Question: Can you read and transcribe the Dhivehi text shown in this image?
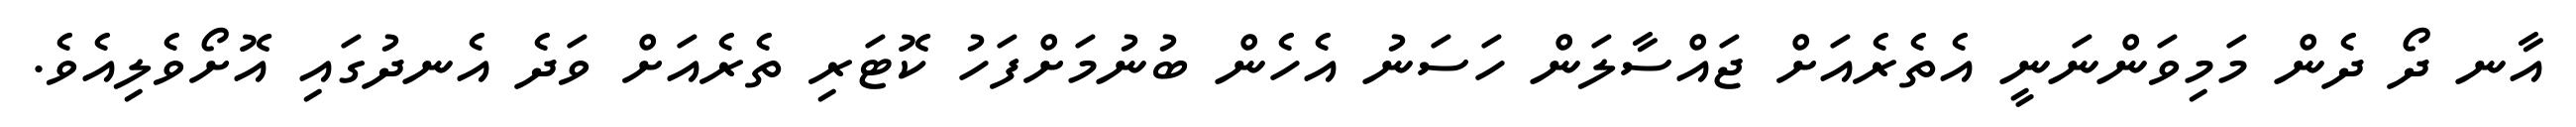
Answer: އާނ ދޯ ދެން މަމިވަންނަނީ އެތެރެއަށް ޖައްސާލަން ހަސަނު އެހެން ބުނުމަށްފަހު ކޮޓަރި ތެރެއަށް ވަދެ އެނދުގައި އޮށޯވެލިއެވެ.